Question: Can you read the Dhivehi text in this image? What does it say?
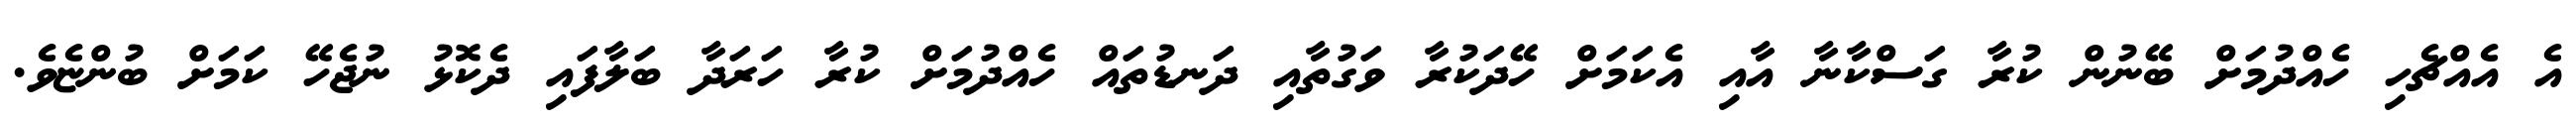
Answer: އެ އެއްޗެހި ހެއްދުމަށް ބޭނުން ކުރާ ގަސްކާނާ އާއި އެކަމަށް ހޭދަކުރާ ވަގުތާއި ދަނޑުތައް ހެއްދުމަށް ކުރާ ހަރަދާ ބަލާފައި ދެކޮޅު ނުޖެހޭ ކަމަށް ބުންޏެވެ.